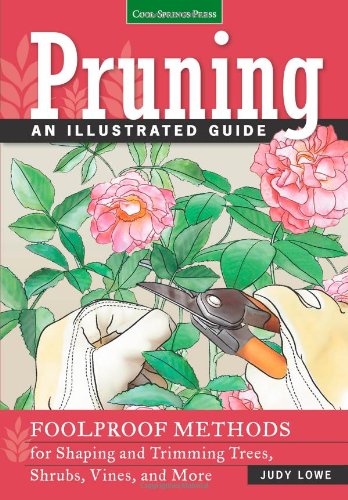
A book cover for Pruning: An Illustrated Guide: Foolproof Methods for Shaping and Trimming Trees, Shrubs, Vines, and More; Judy Lowe; Crafts, Hobbies & Home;